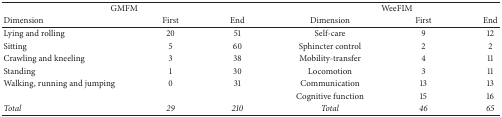
<table><thead><tr><td colspan="3"><b>GMFM</b></td><td colspan="3"><b>WeeFIM</b></td></tr><tr><td><b>Dimension</b></td><td><b>First</b></td><td><b>End</b></td><td><b>Dimension</b></td><td><b>First</b></td><td><b>End</b></td></tr></thead><tbody><tr><td>Lying and rolling</td><td>20</td><td>51</td><td>Self-care</td><td>9</td><td>12</td></tr><tr><td>Sitting</td><td>5</td><td>60</td><td>Sphincter control</td><td>2</td><td>2</td></tr><tr><td>Crawling and kneeling</td><td>3</td><td>38</td><td>Mobility-transfer</td><td>4</td><td>11</td></tr><tr><td>Standing</td><td>1</td><td>30</td><td>Locomotion</td><td>3</td><td>11</td></tr><tr><td>Walking, running and jumping</td><td>0</td><td>31</td><td>Communication</td><td>13</td><td>13</td></tr><tr><td> </td><td> </td><td> </td><td>Cognitive function</td><td>15</td><td>16</td></tr><tr><td><i>Total</i></td><td><i>29</i></td><td><i>210</i></td><td><i>Total</i></td><td><i>46</i></td><td><i>65</i></td></tr></tbody></table>